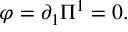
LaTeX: \varphi = \partial _ { 1 } \Pi ^ { 1 } = 0 .